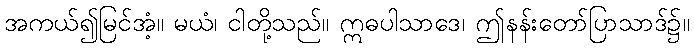
အကယ်၍မြင်အံ့။ မယံ၊ ငါတို့သည်။ ဣဓပါသာဒေ၊ ဤနန်းတော်ပြာသာဒ်၌။